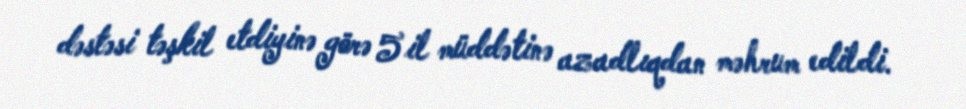
dəstəsi təşkil etdiyinə görə 5 il müddətinə azadlıqdan məhrum edildi.